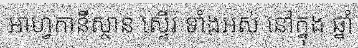
អាហ្វកានីស្ថាន ស្ទើរ ទាំងអស់ នៅក្នុង ឆ្នាំ